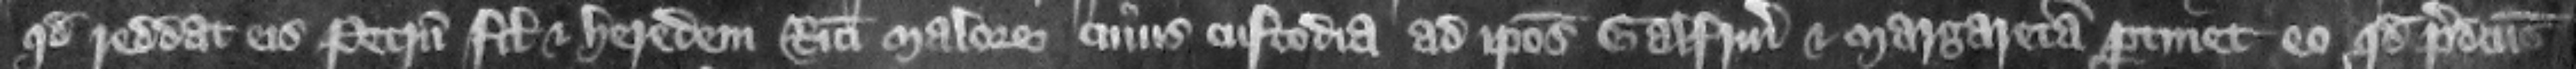
quod reddat eis Petrum filium et heredem Ricardi Malore cuius custodia ad ipsos Galfridum et Margaretam pertinet eo quod predictus